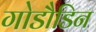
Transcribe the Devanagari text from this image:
गोडौडिन